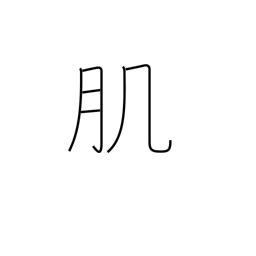
Meaning: texture